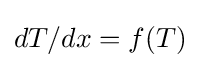
dT/dx=f(T)